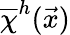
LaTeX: \overline{{\chi}}^{h}(\vec{x})